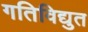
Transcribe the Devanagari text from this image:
गतिविद्युत